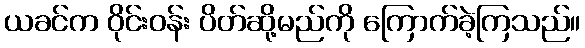
ယခင်က ဝိုင်းဝန်း ပိတ်ဆို့မည်ကို ကြောက်ခဲ့ကြသည်။